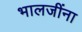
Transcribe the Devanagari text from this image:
भालजींना